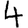
Digit: 4